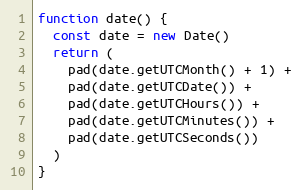
Language: JavaScript
function date() {
  const date = new Date()
  return (
    pad(date.getUTCMonth() + 1) +
    pad(date.getUTCDate()) +
    pad(date.getUTCHours()) +
    pad(date.getUTCMinutes()) +
    pad(date.getUTCSeconds())
  )
}